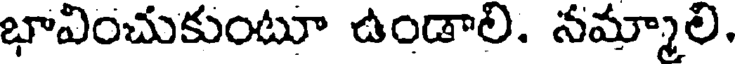
భావించుకుంటూ ఉండాలి. నమ్మాలి.